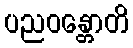
ပညဝန္တောတိ